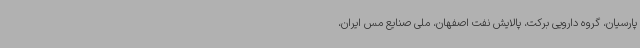
پارسیان، گروه دارویی برکت، پالایش نفت اصفهان، ملی صنایع مس ایران،